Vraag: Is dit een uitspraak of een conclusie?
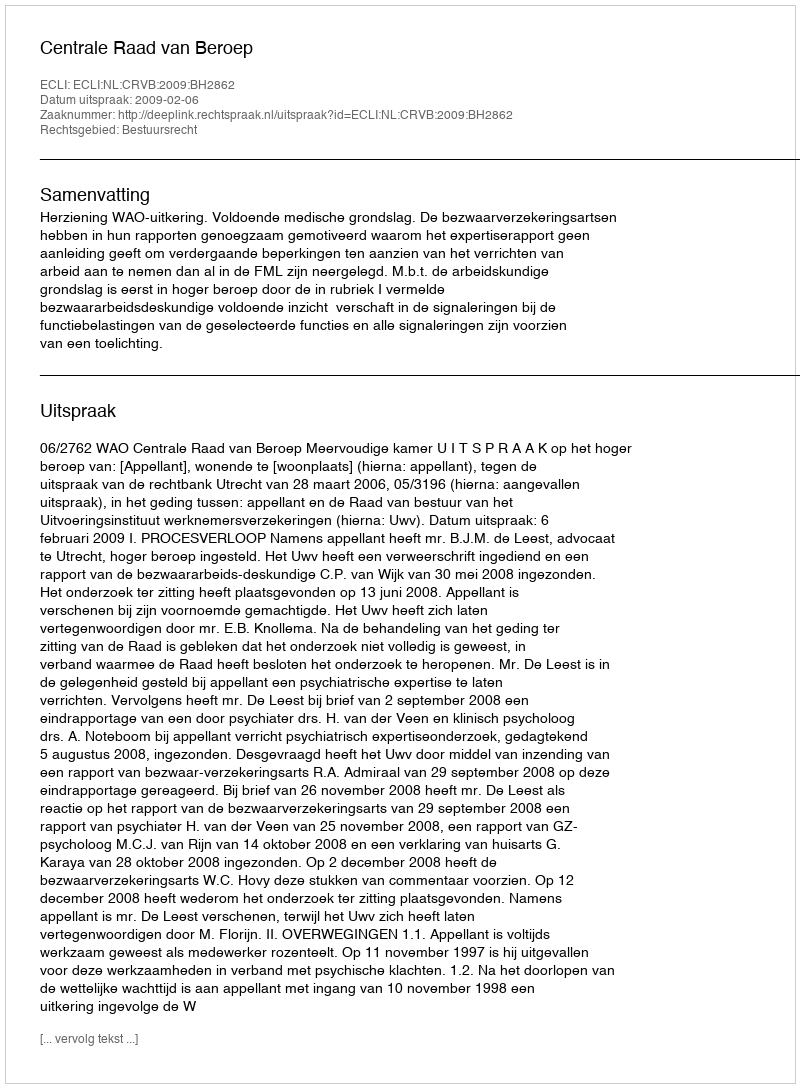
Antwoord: Uitspraak